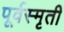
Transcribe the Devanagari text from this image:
पूर्वस्मृती